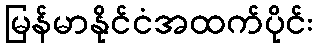
မြန်မာနိုင်ငံအထက်ပိုင်း